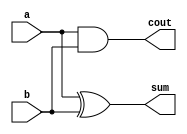
`timescale 1ns / 1ps
//////////////////////////////////////////////////////////////////////////////////
// Company: 
// Engineer: 
// 
// Design Name: 
// Module Name: half_adder
// Project Name: 
// Target Devices: 
// Tool Versions: 
// Description: 
// 
// Dependencies: 
// 
// Revision:
// Revision 0.01 - File Created
// Additional Comments:
// 
//////////////////////////////////////////////////////////////////////////////////


module half_adder( a,b, sum, cout );
input a,b;
output sum, cout;
xor xor_1 (sum,a,b);
and and_1 (cout,a,b);
endmodule